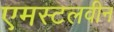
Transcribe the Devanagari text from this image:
एमस्टलवीन